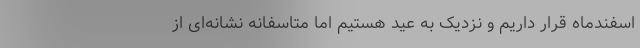
اسفندماه قرار داریم و نزدیک به عید هستیم اما متاسفانه نشانه‌ای از